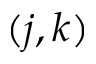
( j , k )